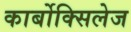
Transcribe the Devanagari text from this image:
कार्बोक्सिलेज